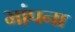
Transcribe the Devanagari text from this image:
भांपना